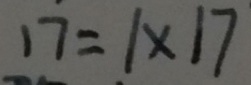
1 7 = 1 \times 1 7